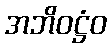
အဘိဝဋ္ဌံဝ